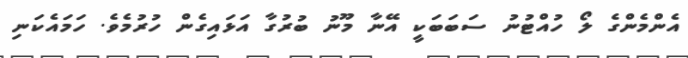
އެންމެންގެ ލޯ ހުއްޓުނު ސަބަބަކީ އޭނާ މޫނު ބުރުގާ އަޅައިގެން ހުރުމެވެ. ހަމައެކަނި